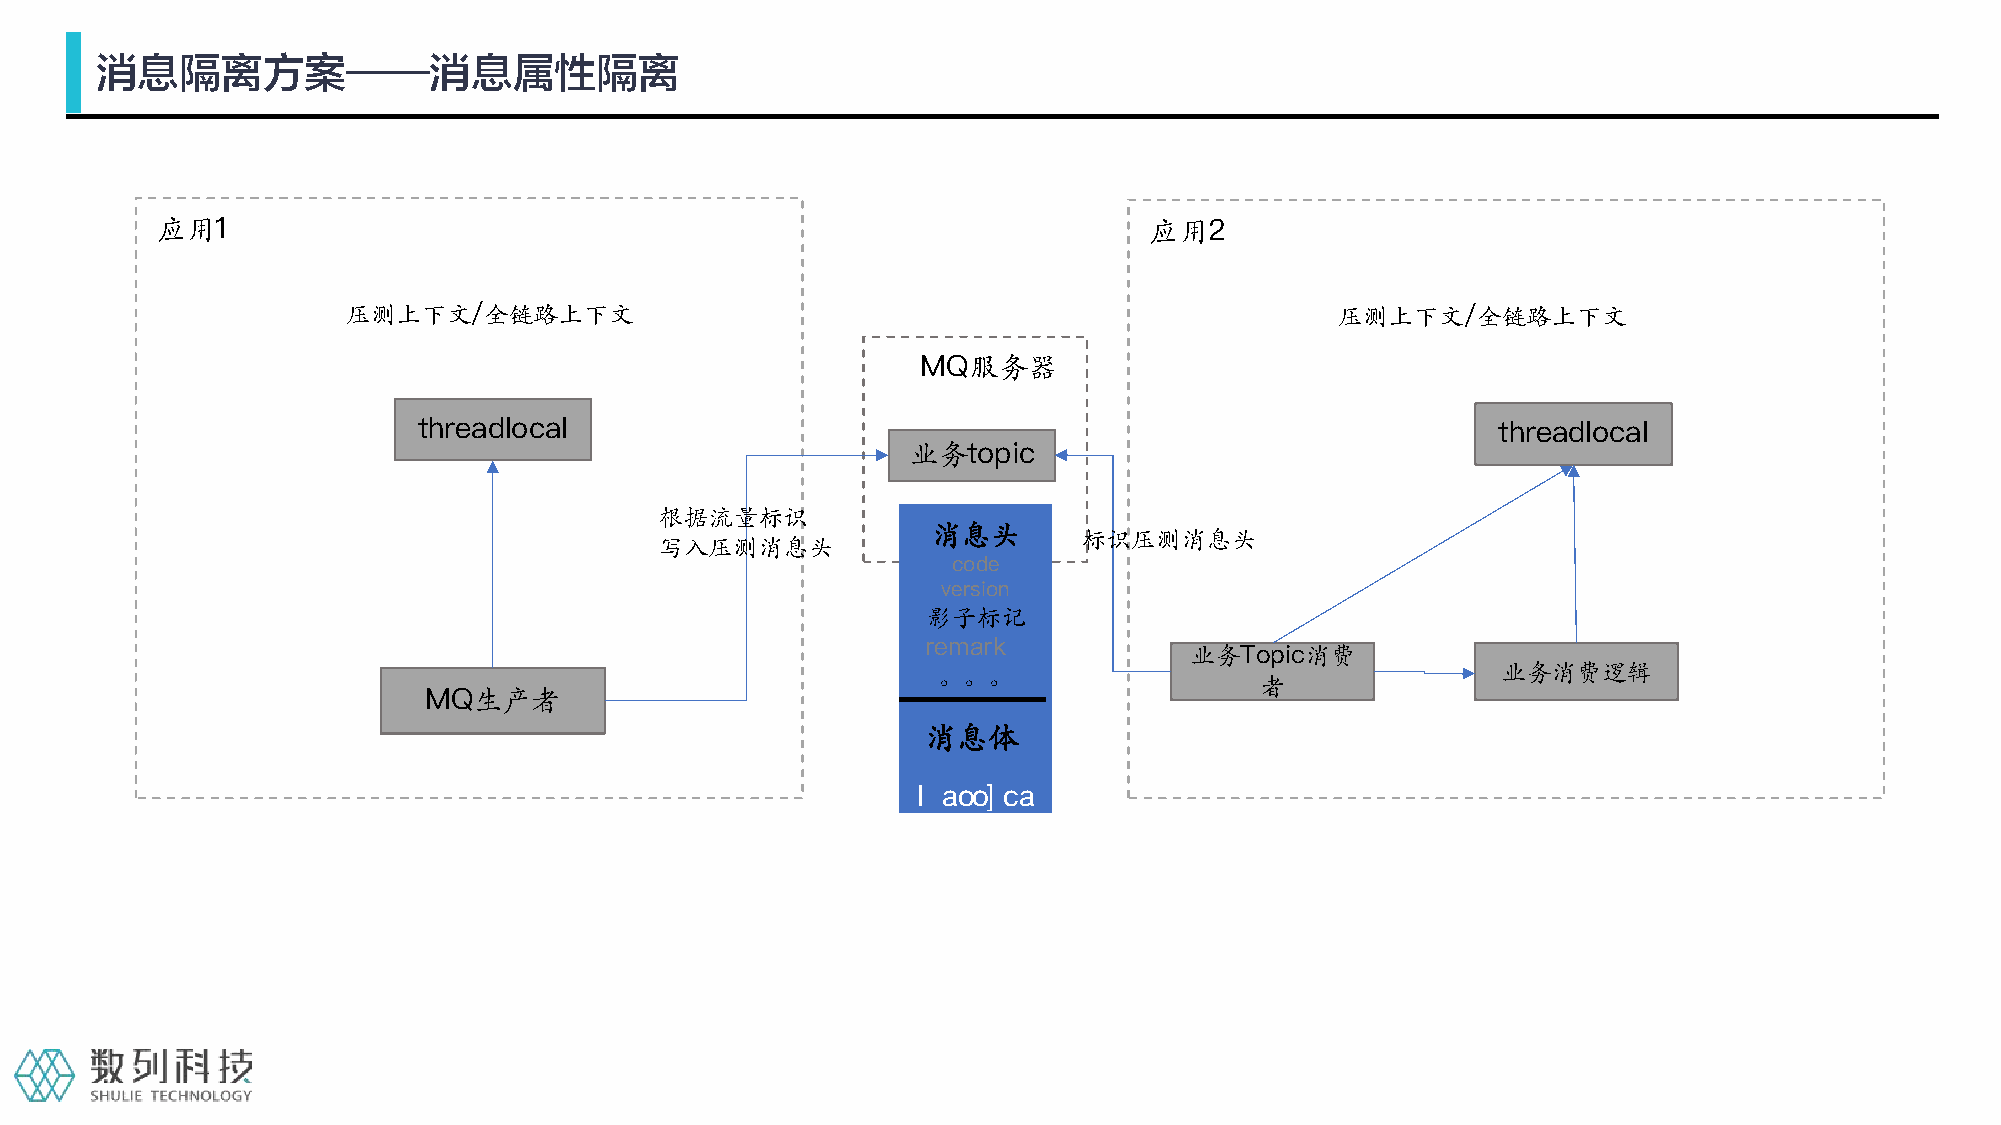
消息隔离方案——消息属性隔离
 应用1                                                               应用2
 压测上下文/全链路上下文                                                      压测上下文/全链路上下文
 MQ服务器
 threadlocal                                                            threadlocal
 业务topic
 根据流量标识
 消息头
 标识压测消息头
 写入压测消息头
 code
 version
 影子标记
 remark
 业务Topic消费
 。。。                                  业务消费逻辑
 者
 MQ生产者
 消息体
 Message